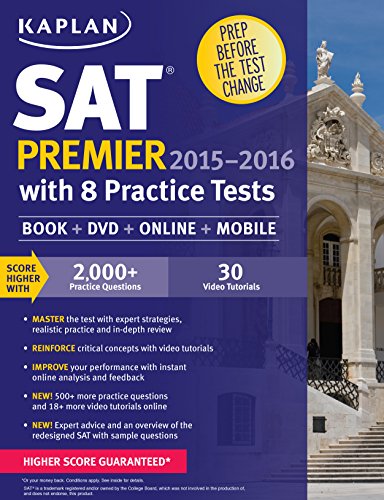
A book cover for Kaplan SAT Premier 2015-2016 with 8 Practice Tests: Book + Online + DVD + Mobile (Kaplan Test Prep); Kaplan; Test Preparation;